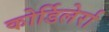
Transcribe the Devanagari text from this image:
कोर्डिलेर्रा